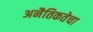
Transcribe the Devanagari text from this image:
अनैतिकतेचा